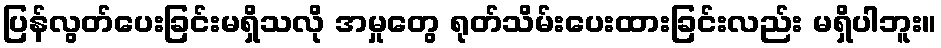
ပြန်လွတ်ပေးခြင်းမရှိသလို အမှုတွေ ရုတ်သိမ်းပေးထားခြင်းလည်း မရှိပါဘူး။